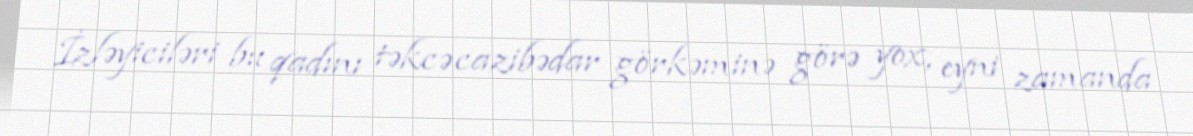
İzləyiciləri bu qadını təkcə cazibədar görkəminə görə yox, eyni zamanda